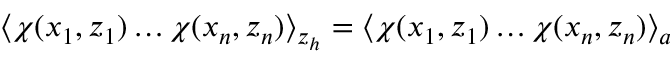
\langle \chi ( x _ { 1 } , z _ { 1 } ) \ldots \chi ( x _ { n } , z _ { n } ) \rangle _ { z _ { h } } = \langle \chi ( x _ { 1 } , z _ { 1 } ) \ldots \chi ( x _ { n } , z _ { n } ) \rangle _ { a }